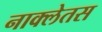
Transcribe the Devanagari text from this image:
नाक्लेतस